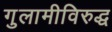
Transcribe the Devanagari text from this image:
गुलामीविरुद्ध